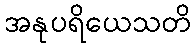
အနုပရိယေသတိ